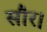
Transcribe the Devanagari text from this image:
सौर।